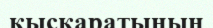
қысқаратынын